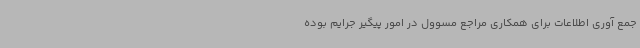
جمع آوری اطلاعات برای همکاری مراجع مسوول در امور پیگیر جرایم بوده